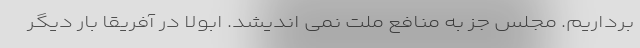
برداریم. مجلس جز به منافع ملت نمی اندیشد. ابولا در آفریقا بار دیگر